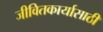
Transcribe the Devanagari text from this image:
जीवितकार्यासाठी